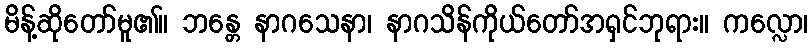
မိန့်ဆိုတော်မူ၏။ ဘန္တေ နာဂသေနာ၊ နာဂသိန်ကိုယ်တော်အရှင်ဘုရား။ ကလ္လော၊